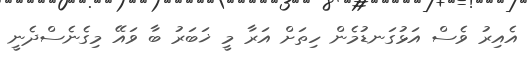
އެއިރު ވެސް އަޅުގަނޑުމެން ހިތަށް އަރާ މީ ޚަބަރު ބާ ވައޭ މިގެނެސްދެނީ